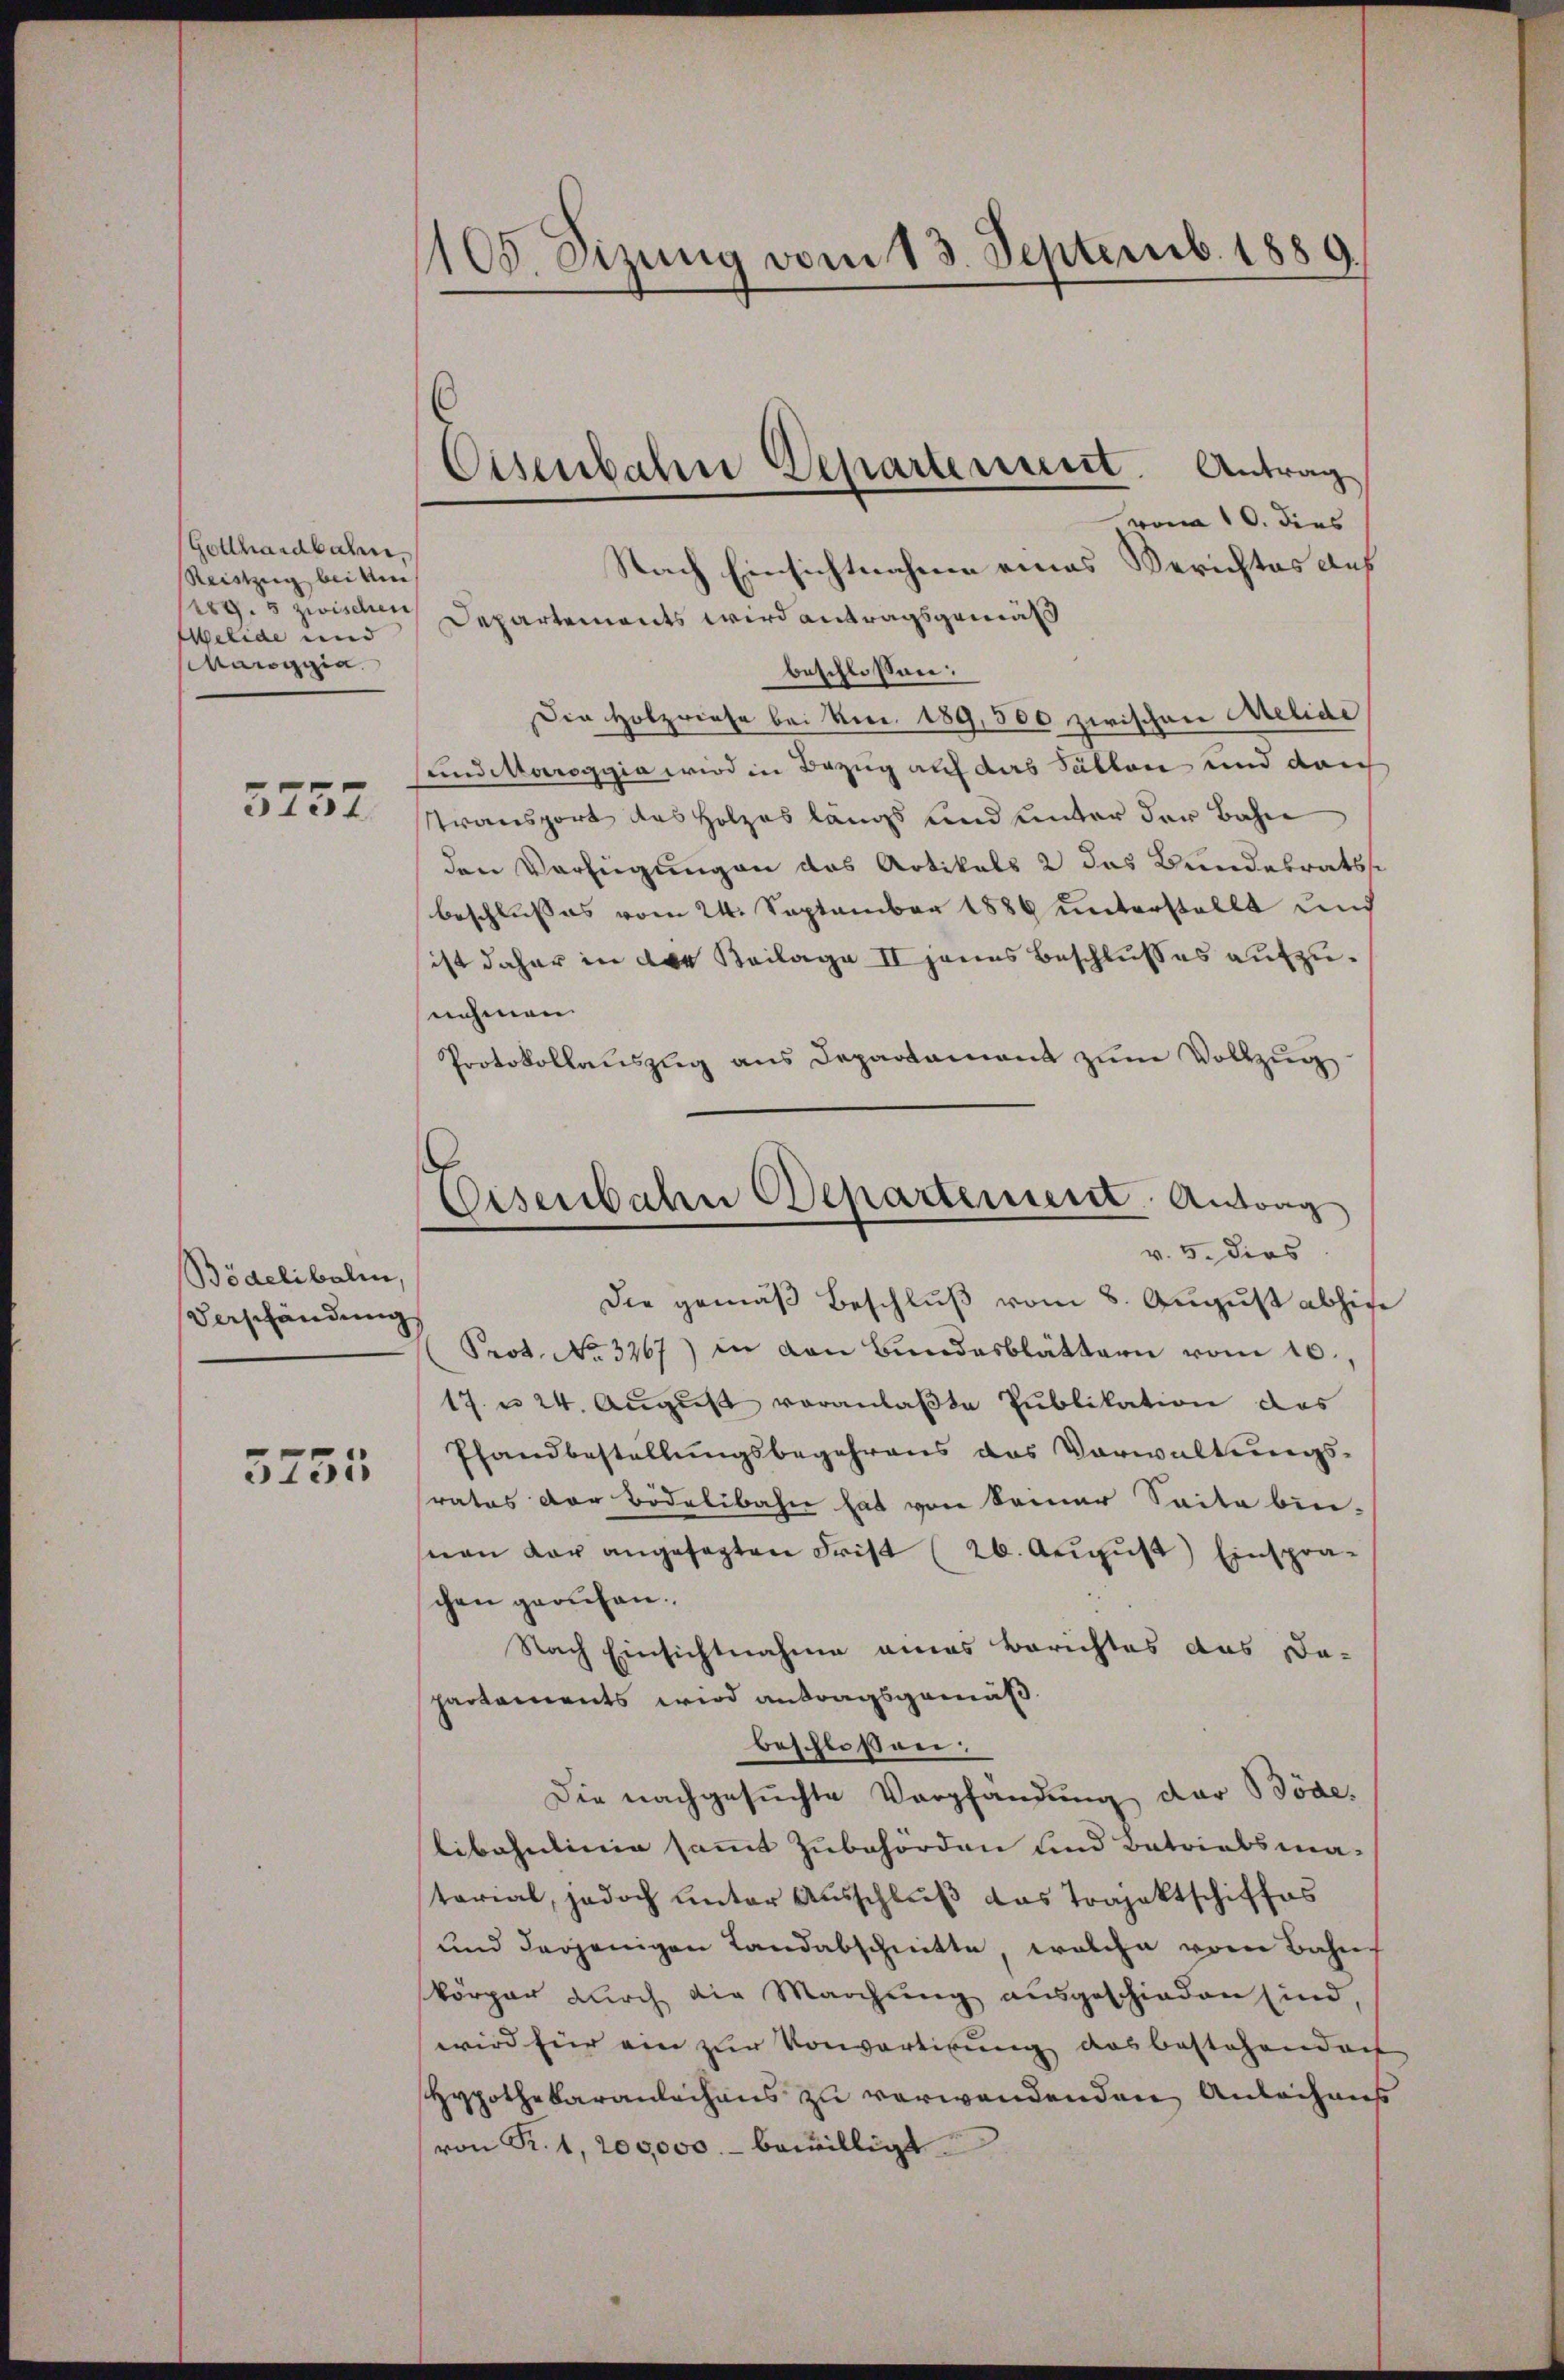
Gotthardbahn.
Reiszug bei ein
189. 5 zwischen
Welide und
Maggia

5757

Bödelibalen,
Verschändung

3755

105. Sizung vom 13. Septemb. 1889.

von 10. dies
Nach Einsichtnahme eines Berichtes aus
Departements wird antragsgemäß
beschlossen:
Die Holzriese bei Ver. 189,500 zwischen Melide
und Maroggia wird in Bezug auf das Fällen und dah
transport das Holzes längs und unter der Bahn
den Verfügungen das Artikals 2 das Bundesrats
beschlusses vom 24. September 1886 unterstellt und
ist daher in der Beilage II jenes Beschlußes aufzunehmen.
Protokollauszug aus Departament zum Vollzug
Die gemäß Beschluß vom 8. August abhie
Prot. No. 3267) in von Bundesblättern vom 10.,
17 n 24. August veranlaßte Publikation das
Pfandbestellungsbegehrens das Vorwaltungsrates der Bidelibahn hat von keiner Saite bin-
nen der angesagten Frist (26. August) Einspra-
chen geruhen.
Nach Einsichtnahme eines Berichtes das Da-
partements wird antragsgemäß
beschloßen:
Die nachgesuchte Verpfändung der Böde,
libahnlinie sammt Zubehörden und Batriabsma-
tarial, jedoch unter Ausschluß das Trajektschiffes
und derjenigen Landabschnitte welche vom Bahn
körper durch die Marchung ausgeschieden sind,
wird für ein zur Vorvertigung das bestehendert
Hypothekaranleihens zu verwendenden Anleihens
von R. 1, 200,000.- bewilligt

Eisenbahn Departement. Antrag

Eisenbahn Departement. Antrag
v. 5. dies